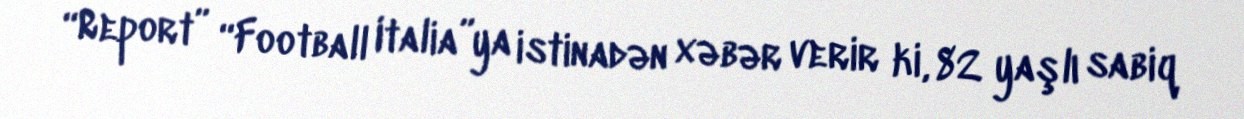
“Report” “Football Italia”ya istinadən xəbər verir ki, 82 yaşlı sabiq